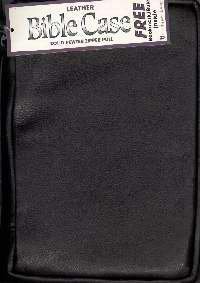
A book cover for Bible Cover: Medium Black Genuine Leather; Bob Siemon Designs; Christian Books & Bibles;